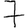
Digit: 7